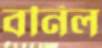
বর্নিল